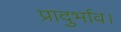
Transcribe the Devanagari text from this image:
प्रादुर्भाव।